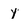
Character: y